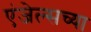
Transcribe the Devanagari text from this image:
एंजेल्सच्या